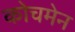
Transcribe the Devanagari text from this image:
कोचमेन